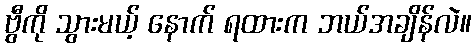
ဗွီကို သွားမယ့် နောက် ရထားက ဘယ်အချိန်လဲ။